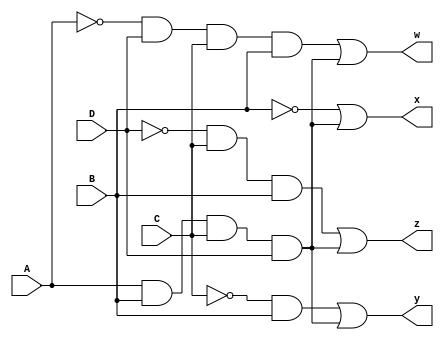
module Exercise2(input A, input B, input C, input D, output w, output x, output y, output z);
    assign x = !B | (A & B & C & D);
	 assign y = (!C & B) | (A & B & C & D);
	 assign z = (!D & C & B) | (A & B & C & D);
	 assign w = (!A & D & C & B) | (A & B & C & D);
endmodule